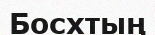
Босхтың